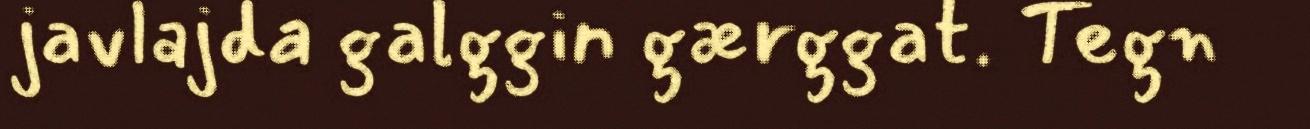
javlajda galggin gærggat. Tegn